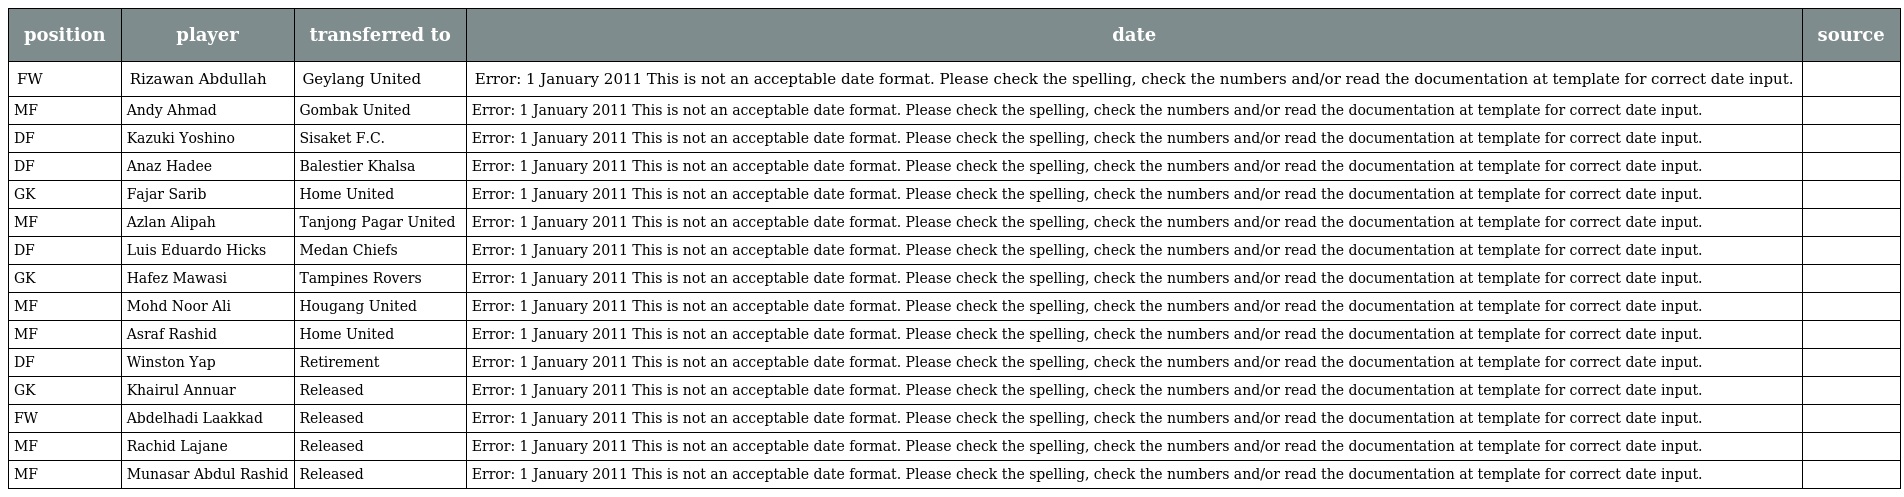
| position | player | transferred to | date | source |
 | --- | --- | --- | --- | --- |
 | FW | Rizawan Abdullah | Geylang United | Error: 1 January 2011 This is not an acceptable date format. Please check the spelling, check the numbers and/or read the documentation at template for correct date input. |  |
 | MF | Andy Ahmad | Gombak United | Error: 1 January 2011 This is not an acceptable date format. Please check the spelling, check the numbers and/or read the documentation at template for correct date input. |  |
 | DF | Kazuki Yoshino | Sisaket F.C. | Error: 1 January 2011 This is not an acceptable date format. Please check the spelling, check the numbers and/or read the documentation at template for correct date input. |  |
 | DF | Anaz Hadee | Balestier Khalsa | Error: 1 January 2011 This is not an acceptable date format. Please check the spelling, check the numbers and/or read the documentation at template for correct date input. |  |
 | GK | Fajar Sarib | Home United | Error: 1 January 2011 This is not an acceptable date format. Please check the spelling, check the numbers and/or read the documentation at template for correct date input. |  |
 | MF | Azlan Alipah | Tanjong Pagar United | Error: 1 January 2011 This is not an acceptable date format. Please check the spelling, check the numbers and/or read the documentation at template for correct date input. |  |
 | DF | Luis Eduardo Hicks | Medan Chiefs | Error: 1 January 2011 This is not an acceptable date format. Please check the spelling, check the numbers and/or read the documentation at template for correct date input. |  |
 | GK | Hafez Mawasi | Tampines Rovers | Error: 1 January 2011 This is not an acceptable date format. Please check the spelling, check the numbers and/or read the documentation at template for correct date input. |  |
 | MF | Mohd Noor Ali | Hougang United | Error: 1 January 2011 This is not an acceptable date format. Please check the spelling, check the numbers and/or read the documentation at template for correct date input. |  |
 | MF | Asraf Rashid | Home United | Error: 1 January 2011 This is not an acceptable date format. Please check the spelling, check the numbers and/or read the documentation at template for correct date input. |  |
 | DF | Winston Yap | Retirement | Error: 1 January 2011 This is not an acceptable date format. Please check the spelling, check the numbers and/or read the documentation at template for correct date input. |  |
 | GK | Khairul Annuar | Released | Error: 1 January 2011 This is not an acceptable date format. Please check the spelling, check the numbers and/or read the documentation at template for correct date input. |  |
 | FW | Abdelhadi Laakkad | Released | Error: 1 January 2011 This is not an acceptable date format. Please check the spelling, check the numbers and/or read the documentation at template for correct date input. |  |
 | MF | Rachid Lajane | Released | Error: 1 January 2011 This is not an acceptable date format. Please check the spelling, check the numbers and/or read the documentation at template for correct date input. |  |
 | MF | Munasar Abdul Rashid | Released | Error: 1 January 2011 This is not an acceptable date format. Please check the spelling, check the numbers and/or read the documentation at template for correct date input. |  |